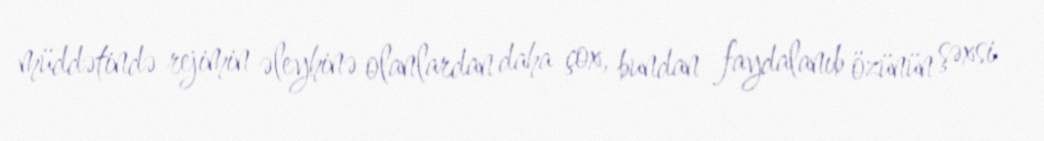
müddətində rejimin əleyhinə olanlardan daha çox, bundan faydalanıb özünün şəxsi